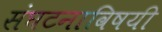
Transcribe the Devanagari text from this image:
संघटनाविषयी